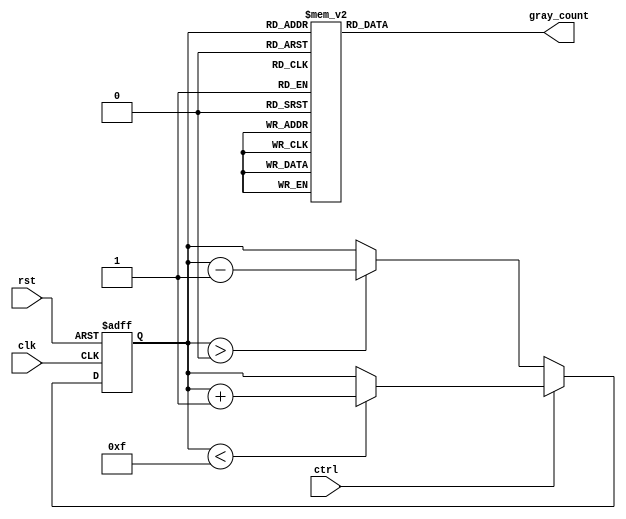
module up_down_gray_counter (
    input wire clk, // Clock input
    input wire rst, // Reset input
    input wire ctrl, // Up/down control input
    output reg [3:0] gray_count // Gray code counter output
);

reg [3:0] count; // Binary counter

// Gray code conversion module
always @(*) begin
    case (count)
        0: gray_count = 4'b0000;
        1: gray_count = 4'b0001;
        2: gray_count = 4'b0011;
        3: gray_count = 4'b0010;
        4: gray_count = 4'b0110;
        5: gray_count = 4'b0111;
        6: gray_count = 4'b0101;
        7: gray_count = 4'b0100;
        8: gray_count = 4'b1100;
        9: gray_count = 4'b1101;
        10: gray_count = 4'b1111;
        11: gray_count = 4'b1110;
        12: gray_count = 4'b1010;
        13: gray_count = 4'b1011;
        14: gray_count = 4'b1001;
        15: gray_count = 4'b1000;
        default: gray_count = 4'b0000;
    endcase
end

// Up/down counter logic
always @ (posedge clk or posedge rst) begin
    if (rst) begin
        count <= 0;
    end else begin
        if (ctrl) begin
            if (count < 15)
                count <= count + 1;
        end else begin
            if (count > 0)
                count <= count - 1;
        end
    end
end

endmodule